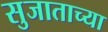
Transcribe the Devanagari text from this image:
सुजाताच्या